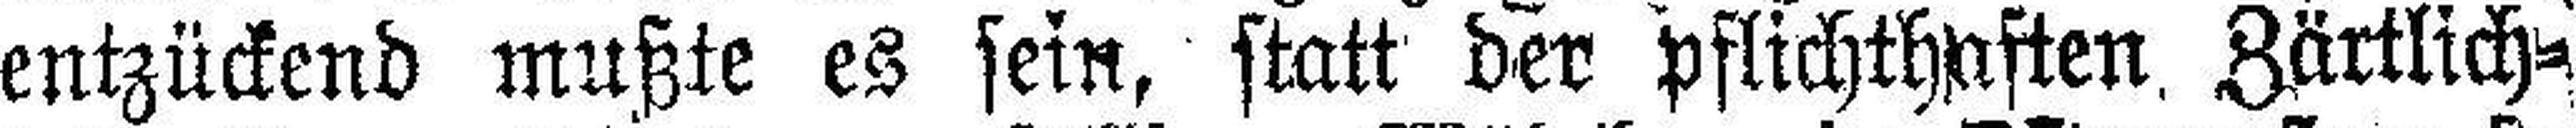
entzückend mußte es sein, statt der pflichthaften, Zärtlich¬